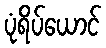
ပုံရိပ်ယောင်